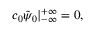
c _ { 0 } \tilde { \psi } _ { 0 } | _ { - \infty } ^ { + \infty } = 0 ,